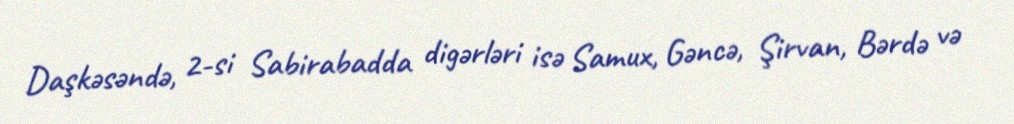
Daşkəsəndə, 2-si Sabirabadda digərləri isə Samux, Gəncə, Şirvan, Bərdə və